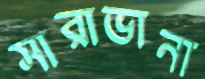
সারাভানা